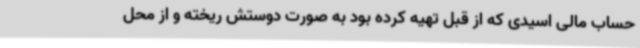
حساب مالی اسیدی که از قبل تهیه کرده بود به صورت دوستش ریخته و از محل